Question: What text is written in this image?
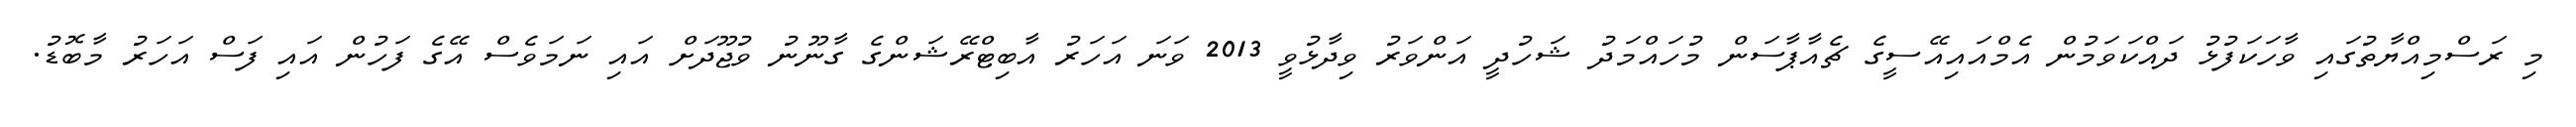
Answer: މި ރަސްމިއްޔާތުގައި ވާހަކަފުޅު ދައްކަވަމުން އެމްއައިއޭސީގެ ޗެއާޕާސަން މުހައްމަދު ޝަހުދީ އަންވަރު ވިދާޅުވީ 2013 ވަނަ އަހަރު އާބިޓްރޭޝަންގެ ގާނޫނު ވުޖޫދަށް އައި ނަމަވެސް އޭގެ ފަހުން އައި ފަސް އަހަރު މާބޮޑު.